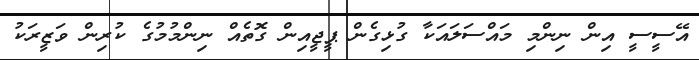
އޭސީސީ އިން ނިންމި މައްސަލައަކާ ގުޅިގެން ޕީޖީއިން ގޮތެއް ނިންމުމުގެ ކުރިން ވަޒީރަކު